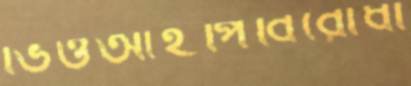
ভিওআইপিবিরোধী